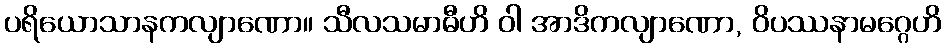
ပရိယောသာနကလျာဏော။ သီလသမာဓီဟိ ဝါ အာဒိကလျာဏော, ဝိပဿနာမဂ္ဂေဟိ